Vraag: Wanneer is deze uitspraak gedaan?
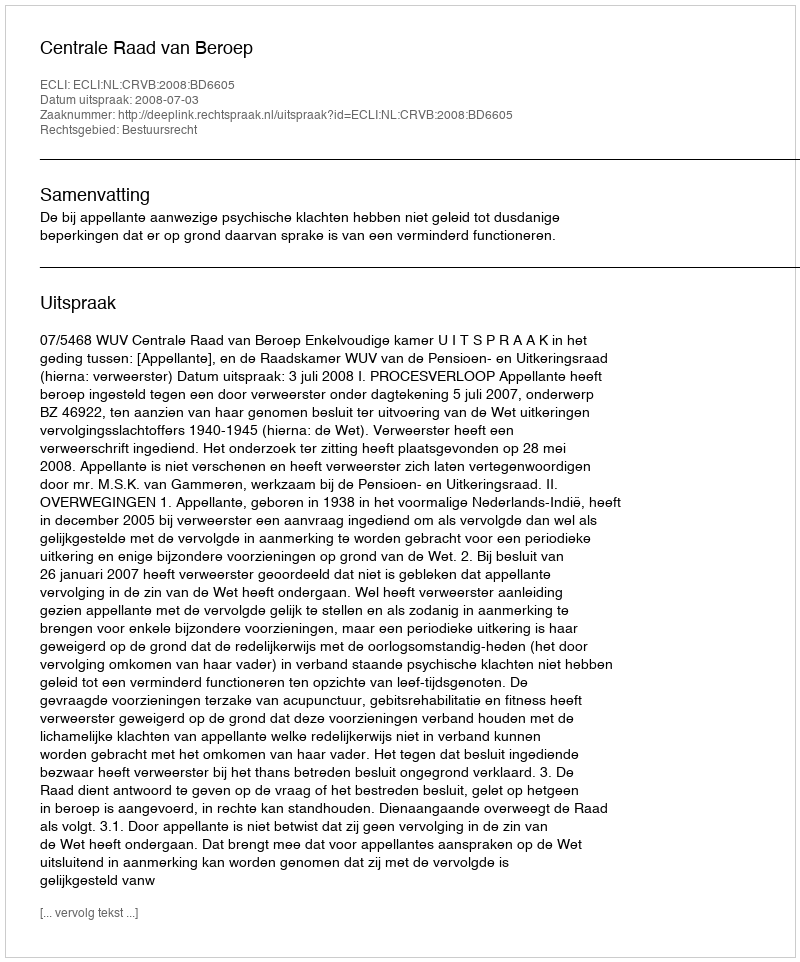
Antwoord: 2008-07-03